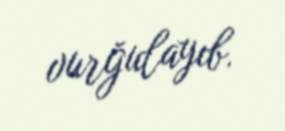
vurğulayıb.